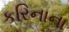
કરિનાના